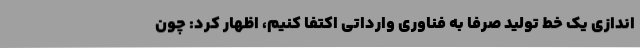
اندازی یک خط تولید صرفا به فناوری وارداتی اکتفا کنیم، اظهار کرد: چون